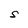
Character: S